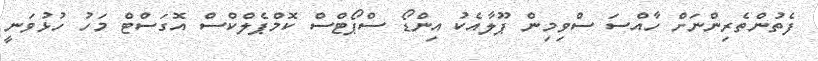
ފެތުންތެރިންނަށް ހާއްސަ ސްވިމިން ޕޫލާއެކު އިންޑޯ ސްޕޯޓްސް ކޮމްޕެލްކްސް އޮގަސްޓް މަހު ހުޅުވަނީ